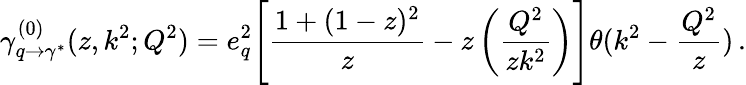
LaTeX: \gamma_{q\rightarrow\gamma^{*}}^{(0)}(z,k^{2};Q^{2})=e_{q}^{2}\Bigg[\frac{1+(1-z)^{2}}{z}-z\left(\frac{Q^{2}}{zk^{2}}\right)\Bigg]\theta(k^{2}-\frac{Q^{2}}{z})\, .